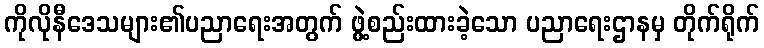
ကိုလိုနီဒေသများ၏ပညာရေးအတွက် ဖွဲ့စည်းထားခဲ့သော ပညာရေးဌာနမှ တိုက်ရိုက်